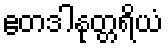
ဧတဒါနုတ္တရိယံ